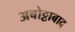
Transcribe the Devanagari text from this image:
अबोट्टाबाद